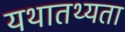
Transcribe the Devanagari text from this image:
यथातथ्‍यता